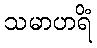
သမာဟရိံ